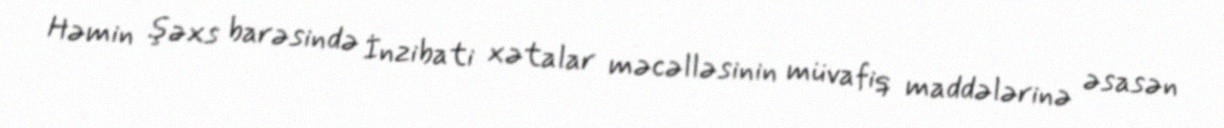
Həmin şəxs barəsində İnzibati xətalar məcəlləsinin müvafiq maddələrinə əsasən